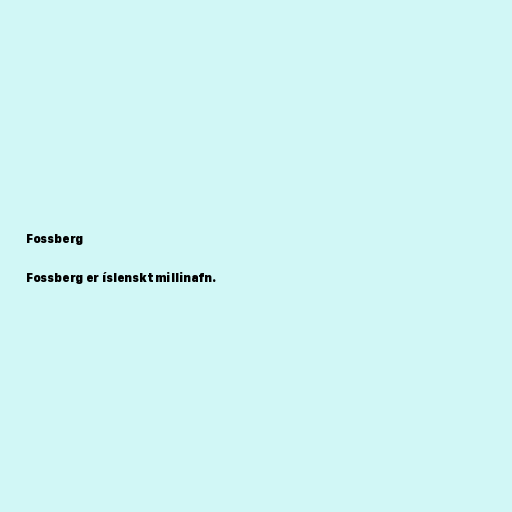
Fossberg

Fossberg er íslenskt millinafn.